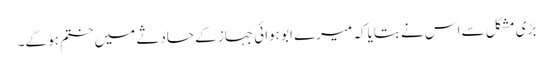
بڑی مشکل سے اس نے بتایا کہ میرے ابو ہوائی جہاز کے حادثے میں ختم ہو گے۔